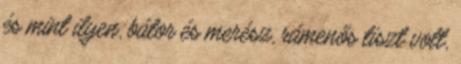
és mint ilyen, bátor és merész, rámenős tiszt volt,